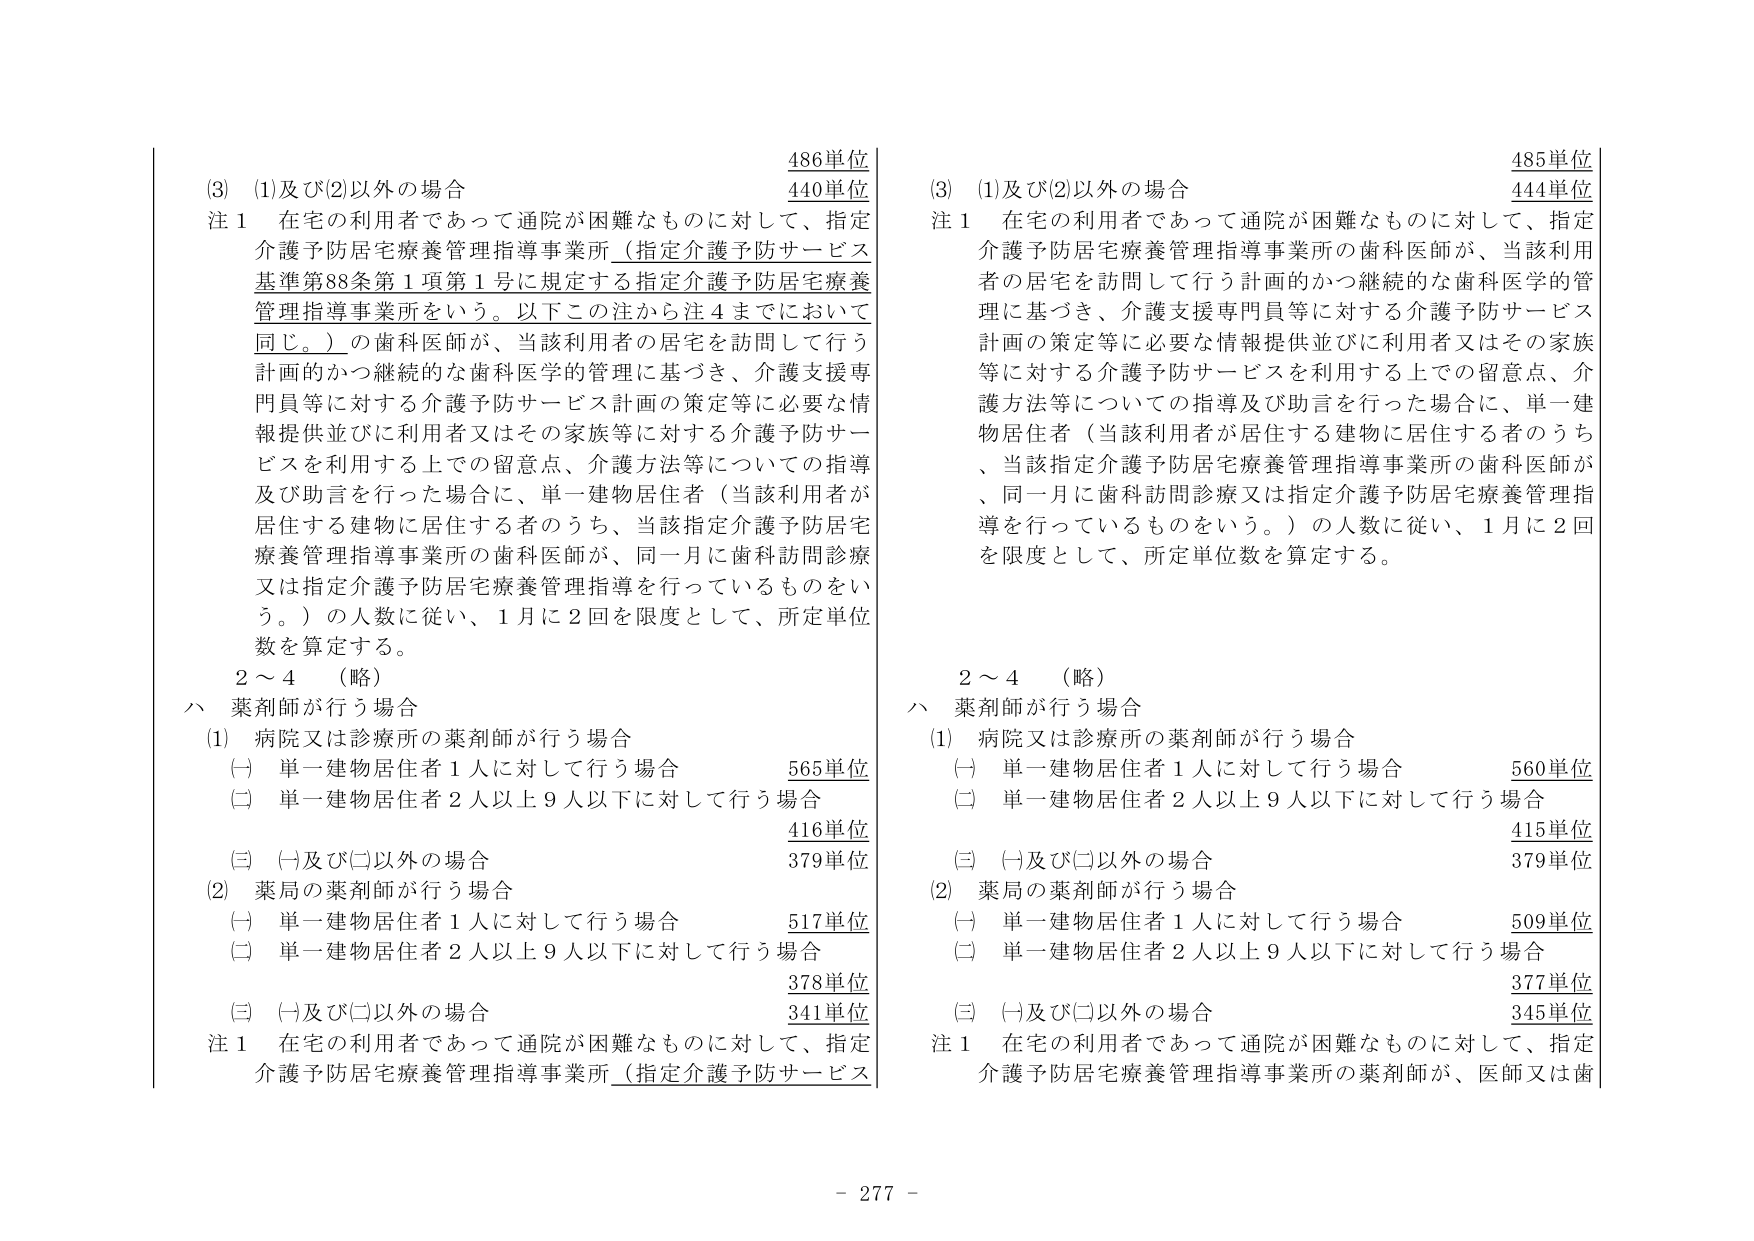
(3) (1)及び(2)以外の場合
486単位
440単位
注1 在宅の利用者であって通院が困難なものに対して、指定介護予防居宅療養管理指導事業所（指定介護予防サービス基準第88条第1項第1号に規定する指定介護予防居宅療養管理指導事業所をいう。以下この注から注4までにおいて同じ。）の歯科医師が、当該利用者の居宅を訪問して行う計画的かつ継続的な歯科医学的管理に基づき、介護支援専門員等に対する介護予防サービス計画の策定等に必要な情報提供並びに利用者又はその家族等に対する介護予防サービスを利用する上での留意点、介護方法等についての指導及び助言を行った場合に、単一建物居住者（当該利用者が居住する建物に居住する者のうち、当該指定介護予防居宅療養管理指導事業所の歯科医師が、同一月に歯科訪問診療又は指定介護予防居宅療養管理指導を行っているものをいう。）の人数に従い、1月に2回を限度として、所定単位数を算定する。

2～4 （略）
ハ 薬剤師が行う場合
(1) 病院又は診療所の薬剤師が行う場合
(一) 単一建物居住者1人に対して行う場合 565単位
(二) 単一建物居住者2人以上9人以下に対して行う場合 416単位
(三) (一)及び(二)以外の場合 379単位
(2) 薬局の薬剤師が行う場合
(一) 単一建物居住者1人に対して行う場合 517単位
(二) 単一建物居住者2人以上9人以下に対して行う場合 378単位
(三) (一)及び(二)以外の場合 341単位
注1 在宅の利用者であって通院が困難なものに対して、指定介護予防居宅療養管理指導事業所（指定介護予防サービス

(3) (1)及び(2)以外の場合
485単位
444単位
注1 在宅の利用者であって通院が困難なものに対して、指定介護予防居宅療養管理指導事業所の歯科医師が、当該利用者の居宅を訪問して行う計画的かつ継続的な歯科医学的管理に基づき、介護支援専門員等に対する介護予防サービス計画の策定等に必要な情報提供並びに利用者又はその家族等に対する介護予防サービスを利用する上での留意点、介護方法等についての指導及び助言を行った場合に、単一建物居住者（当該利用者が居住する建物に居住する者のうち、当該指定介護予防居宅療養管理指導事業所の歯科医師が、同一月に歯科訪問診療又は指定介護予防居宅療養管理指導を行っているものをいう。）の人数に従い、1月に2回を限度として、所定単位数を算定する。

2～4 （略）
ハ 薬剤師が行う場合
(1) 病院又は診療所の薬剤師が行う場合
(一) 単一建物居住者1人に対して行う場合 560単位
(二) 単一建物居住者2人以上9人以下に対して行う場合 415単位
(三) (一)及び(二)以外の場合 379単位
(2) 薬局の薬剤師が行う場合
(一) 単一建物居住者1人に対して行う場合 509単位
(二) 単一建物居住者2人以上9人以下に対して行う場合 377単位
(三) (一)及び(二)以外の場合 345単位
注1 在宅の利用者であって通院が困難なものに対して、指定介護予防居宅療養管理指導事業所の薬剤師が、医師又は歯

- 277 -